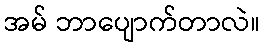
အမ် ဘာပျောက်တာလဲ။